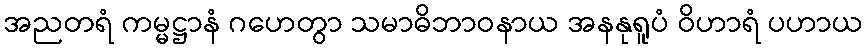
အညတရံ ကမ္မဋ္ဌာနံ ဂဟေတွာ သမာဓိဘာဝနာယ အနနုရူပံ ဝိဟာရံ ပဟာယ